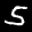
Label: 5